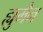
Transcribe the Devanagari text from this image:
ह्युमैन